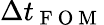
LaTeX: \Delta t_{\mathrm{~F~O~M~}}